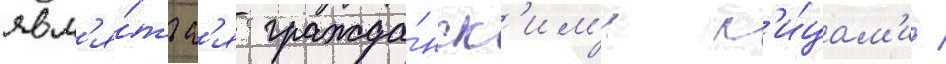
явл'я́тьс'я гражда́нск'им'и л'и́цам'и /